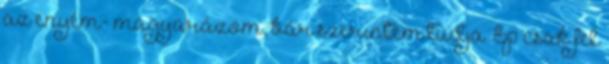
az enyém- magyarázom, bár szerintem tudja. Ép csak fel